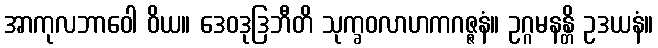
အာကုလဘာဝေါ ဝိယ။ ဒေဝဒုဒြဘီတိ သုက္ခဝလာဟကဂဇ္ဇနံ။ ဥဂ္ဂမနန္တိ ဥဒယနံ။